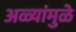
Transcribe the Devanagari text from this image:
अळ्यांमुळे